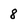
Character: 8